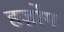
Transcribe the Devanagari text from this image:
हर्ज़ोग